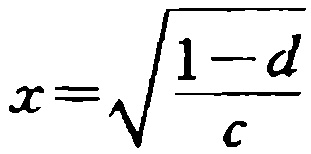
\(x = \sqrt{\frac{1 - d}{c}}\)